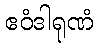
ဧဝံဒါရုဏံ